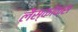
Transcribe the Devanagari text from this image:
लैस्कॉक्स